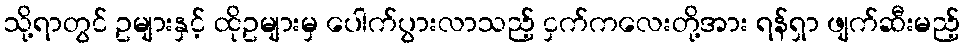
သို့ရာတွင် ဥများနှင့် ထိုဥများမှ ပေါက်ပွားလာသည့် ငှက်ကလေးတို့အား ရန်ရှာ ဖျက်ဆီးမည့်